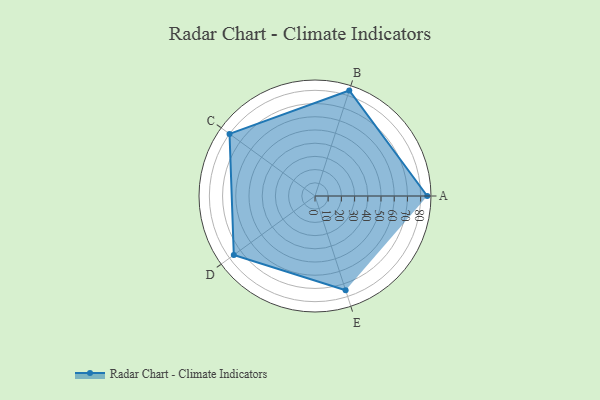
{"axis": {"x": "Skill", "y": "Score"}, "legend": ["Profile"], "data": [{"x": "A", "y": 85.0, "type": "Profile"}, {"x": "B", "y": 84.0, "type": "Profile"}, {"x": "C", "y": 80.0, "type": "Profile"}, {"x": "D", "y": 76.0, "type": "Profile"}, {"x": "E", "y": 75.0, "type": "Profile"}]}